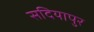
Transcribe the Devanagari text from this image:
सदियापुर